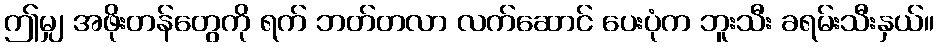
ဤမျှ အဖိုးတန်တွေကို ရက် ဘတ်တလာ လက်ဆောင် ပေးပုံက ဘူးသီး ခရမ်းသီးနှယ်။